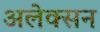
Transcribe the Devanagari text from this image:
अलेक्सन